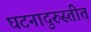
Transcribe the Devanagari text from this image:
घटनादुरुस्तीत